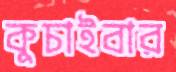
কুচাইবার